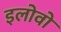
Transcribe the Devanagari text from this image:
इलोवो